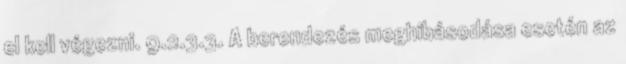
el kell végezni. 9.2.3.3. A berendezés meghibásodása esetén az